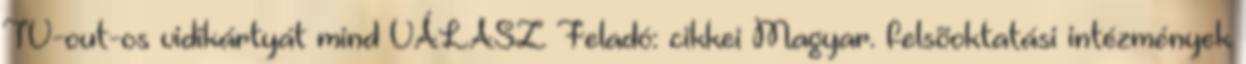
TV-out-os vidikártyát mind VÁLASZ Feladó: cikkei Magyar. felsõoktatási intézmények